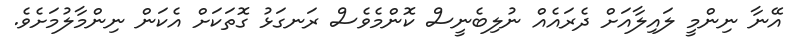
އޭނާ ނިންމީ ލައިލާއަށް ދެރައެއް ނުލިބެނީސް ކޮންމެވެސް ރަނގަޅު ގޮތަކަށް އެކަން ނިންމާލުމަށެވެ.